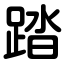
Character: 踏